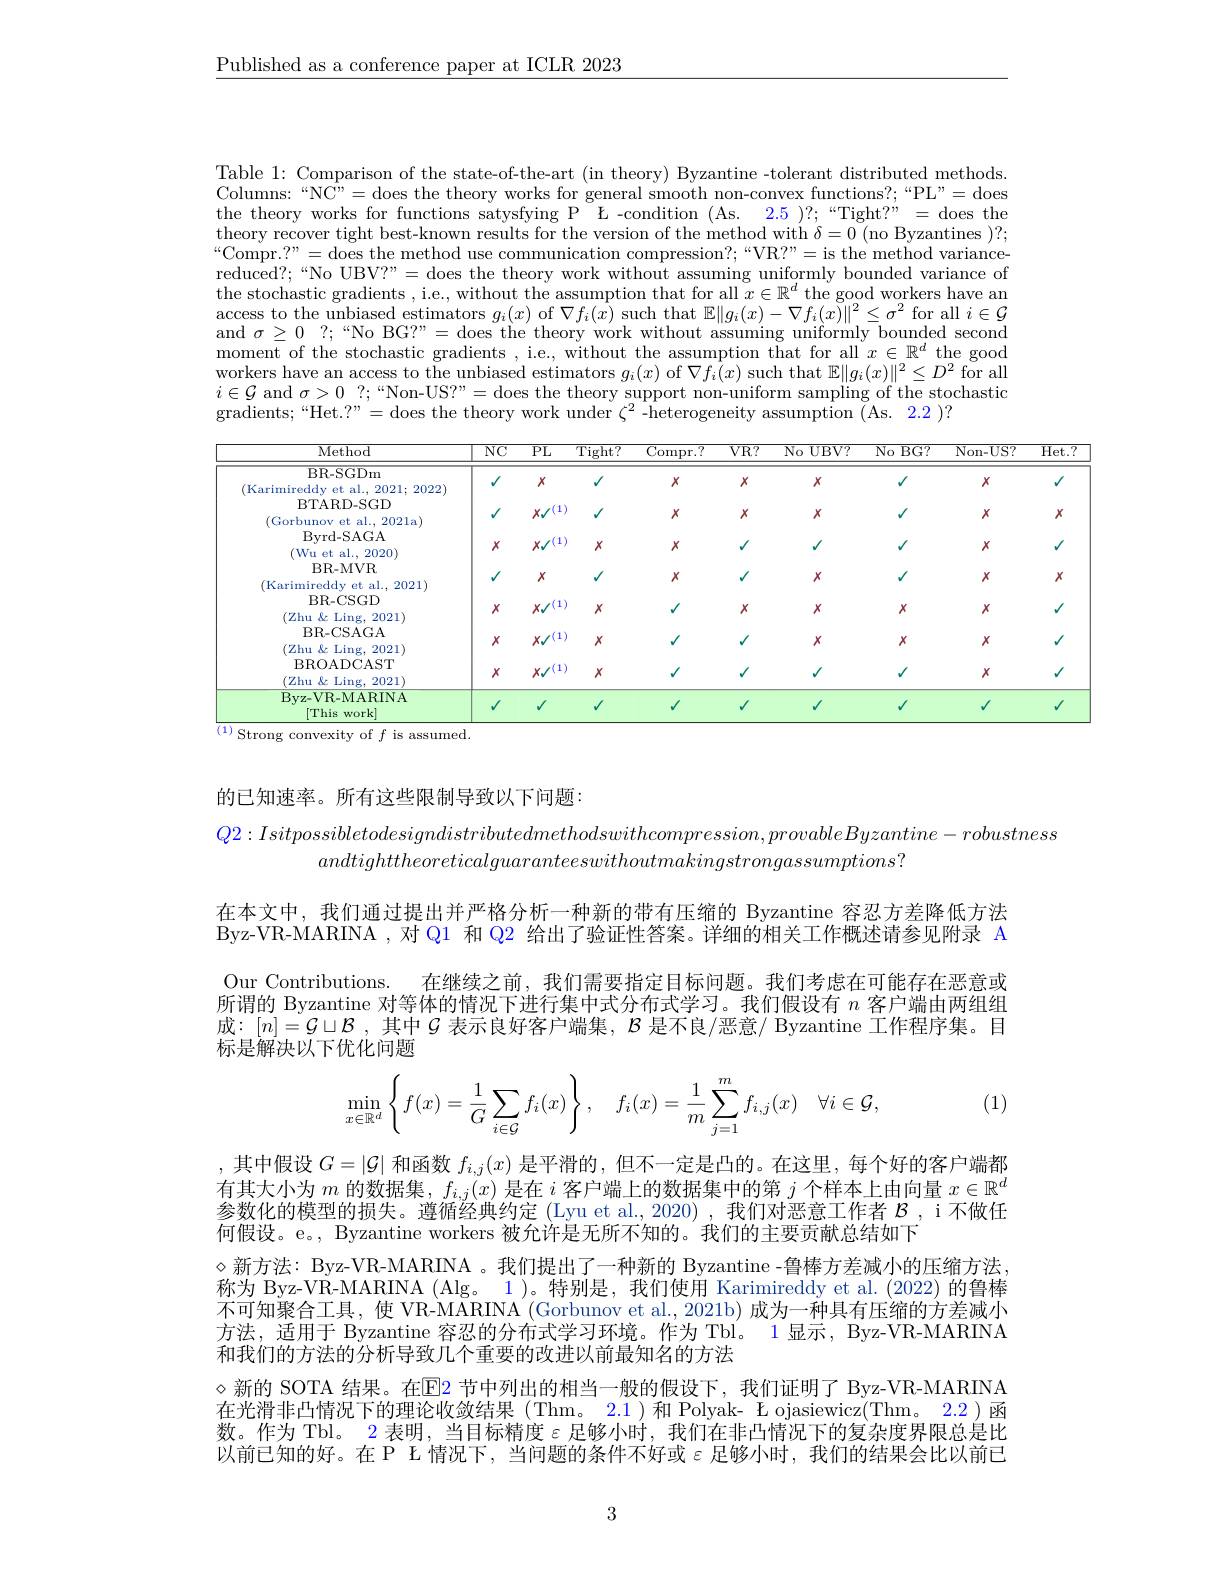
$\underline{\text{Published as a conference paper at ICLR 2023}}$

Table 1: Comparison of the state-of-the-art (in theory) Byzantine -tolerant distributed methods Columns:“NC”=does the theory works for general smooth non-convex functions?;“PL”=does the theory works for functions satysfying P $^{-}$ L -condition (As. 2.5)?;“Tight?” = does the theory recover tight best-known results for the version of the method with $\delta=0$ (no Byzantines )?; “Compr.?” = does the method use communication compression?; “VR?” = is the method variancereduced?;“No UBV?”= does the theory work without assuming uniformly bounded variance of the stochastic gradients , i.e., without the assumption that for all $x\in\mathbb{R}^d$ the good workers have an access to the unbiased estimators $g_i(x)$ of $\nabla f_i(x)$ such that $\mathbb{E}\|g_i(x)-\nabla f_i(x)\|^2\leq\sigma^2$ for all $i\in\mathcal{G}$ and $\sigma\geq0$ ?;“No BG?”= does the theory work without assuming uniformly bounded second $\bar{\text{moment of the stochastic gradients , i.e., without the assumption that for all }}x\in\mathbb{R}^d$ the good workers have an access to the unbiased estimators $g_i(x)$ of $\nabla f_i(x)$ such that $\mathbb{E}\|g_i(x)\|^2\leq D^2$ for all $\in\mathcal{G}$ and $\sigma>0$ ?;“Non-US?”=does the theory support non-uniform sampling of the stochastio gradients;“Het.?”=does the theory work under $\zeta^2$-heterogeneity assumption (As. 2.2)?

<table>
	<tbody>
		<tr>
			<th>Method</th>
			<th>$\overline{\mathrm{NC}}$</th>
			<th>$\overline{\mathrm{PL}}$</th>
			<th>$\overline{{\mathrm{Tight?}}}$</th>
			<th>${\overline{{\mathrm{Compr.?}}}}$</th>
			<th>$\overline{VR?}$</th>
			<th>$\overline{\mathrm{NoUBV?}}$</th>
			<th>$No$ $BG?$ 1</th>
			<th>Non- US? </th>
			<th>$\overline{\mathrm{Het.}}$</th>
		</tr>
		<tr>
			<td>$\overline{\mathrm{BR-SGDm}}$ (Karimireddy et al., 2021; 2022) BTARD- SGD</td>
			<td>$√$</td>
			<td>$X$</td>
			<td>$√$</td>
			<td>$X$</td>
			<td>$X$</td>
			<td>$X$</td>
			<td>$√$</td>
			<td>$X$</td>
			<td>$√$</td>
		</tr>
		<tr>
			<td>(Gorbunov et al., 2021a)</td>
			<td> </td>
			<td>$Xy$</td>
			<td> </td>
			<td>$X$</td>
			<td>X</td>
			<td>A</td>
			<td> </td>
			<td>$X$</td>
			<td>$X$</td>
		</tr>
		<tr>
			<td>byrd- DACA (Wu et al., 2020)</td>
			<td>$X$</td>
			<td>$x./(1)$</td>
			<td>$X$</td>
			<td>$X$</td>
			<td>$√$</td>
			<td>$√$</td>
			<td>$√$</td>
			<td>$X$</td>
			<td>$√$</td>
		</tr>
		<tr>
			<td>$BR-MVR$ (Karimireddy et al., 2021)</td>
			<td>$√$</td>
			<td>$X$</td>
			<td>$V$</td>
			<td>$X$</td>
			<td>$√$</td>
			<td>$X$</td>
			<td>$V$</td>
			<td>$X$</td>
			<td>$X$</td>
		</tr>
		<tr>
			<td>BR- CSGD (Zhu &Ling, 2021)</td>
			<td>$X$</td>
			<td>$x/(1)$</td>
			<td>$X$</td>
			<td>$√$</td>
			<td>$X$</td>
			<td>$X$</td>
			<td>$X$</td>
			<td>$X$</td>
			<td>$√$</td>
		</tr>
		<tr>
			<td>BR- CSAGA (Zhu &Ling, 2021)</td>
			<td>$X$</td>
			<td>$x/(1)$</td>
			<td>$X$</td>
			<td>$V$</td>
			<td>$√$</td>
			<td>$X$</td>
			<td>$X$</td>
			<td>$X$</td>
			<td>$√$</td>
		</tr>
		<tr>
			<td>BROADCAST (Zhu &Ling, 2021)</td>
			<td>$X$</td>
			<td>$x/(1)$</td>
			<td>$X$</td>
			<td>$V$</td>
			<td>$√$</td>
			<td>$V$</td>
			<td>$√$</td>
			<td>$X$</td>
			<td>$√$</td>
		</tr>
		<tr>
			<td>Byz- VR- MARINA $[Thiswork]$</td>
			<td>$√$</td>
			<td>$√$</td>
			<td>$√$</td>
			<td>$√$</td>
			<td>$√$</td>
			<td>$√$</td>
			<td>$√$</td>
			<td>$√$</td>
			<td>$√$</td>
		</tr>
	</tbody>
</table>
 ) Strong convexity of $f$ is assumed

的已知速率。所有这些限制导致以下问题：
$Q2:Isitpossibletodesigndistributedmethodswithcompression,provableByzantine-robustness$
$andtighttheoreticalguaranteeswithoutmakingstrongassumptions?$

在本文中，我们通过提出并严格分析一种新的带有压缩的 Byzantine 容忍方差降低方法Byz-VR-MARINA ,对 Q1 和 Q2 给出了验证性答案。详细的相关工作概述请参见附录 A Our Contributions. 在继续之前，我们需要指定目标问题。我们考虑在可能存在恶意或所谓的 Byzantine 对等体的情况下进行集中式分布式学习。我们假设有$n$客户端由两组组成$\because[n]=\mathcal{G}\sqcup\mathcal{B}$ ,其中$\mathcal{G}$表示良好客户端集，$\mathcal{B}$是不良/恶意/ Byzantine 工作程序集。目标是解决以下优化问题

(1)
$$\min\limits_{x\in\mathbb{R}^d}\left\{f(x)=\dfrac{1}{G}\sum\limits_{i\in\mathcal{G}}f_i(x)\right\},\quad f_i(x)=\dfrac{1}{m}\sum\limits_{j=1}^mf_{i,j}(x)\quad\forall i\in\mathcal{G},$$
,其中假设$G=\left|\mathcal{G}\right|$和函数$f_i,j(x)$是平滑的，但不一定是凸的。在这里，每个好的客户端都有其大小为$m$的数据集，$f_i,j(x)$是在$i$客户端上的数据集中的第$j$个样本上由向量$x\in\mathbb{R}^d$ 参数化的模型的损失。遵循经典约定 (Lyu et al., 2020), 我们对恶意工作者$\mathcal{B}$ , i 不做任何假设。e。, Byzantine workers 被允许是无所不知的。我们的主要贡献总结如下
$\diamond$新方法：Byz-VR-MARINA 。我们提出了一种新的 Byzantine -鲁棒方差减小的压缩方法， 称为 Byz-VR-MARINA (Alg。1)。特别是，我们使用 Karimireddy et al.(2022) 的鲁棒不可知聚合工具，使 VR-MARINA (Gorbunov et al., 2021b) 成为一种具有压缩的方差减小方法，适用于 Byzantine 容忍的分布式学习环境。作为 Tbl。1 显示，Byz-VR-MARINA 和我们的方法的分析导致几个重要的改进以前最知名的方法
$\diamond$新的 SOTA 结果。在E2 节中列出的相当一般的假设下，我们证明了 Byz-VR-MARINA 在光滑非凸情况下的理论收敛结果(Thm。2.1)和 Polyak- Ł ojasiewicz(Thm。2.2)函数。作为 Tbl。2 表明，当目标精度$\varepsilon$足够小时，我们在非凸情况下的复杂度界限总是比以前已知的好。在 P L 情况下，当问题的条件不好或$\varepsilon$足够小时，我们的结果会比以前已

3